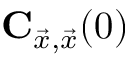
\mathbf { C } _ { \vec { x } , \vec { x } } ( 0 )